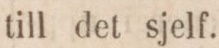
till det sjelf.